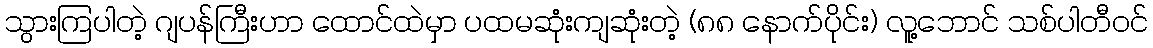
သွားကြပါတဲ့ ဂျပန်ကြီးဟာ ထောင်ထဲမှာ ပထမဆုံးကျဆုံးတဲ့ (၈၈ နောက်ပိုင်း) လူ့ဘောင် သစ်ပါတီဝင်